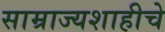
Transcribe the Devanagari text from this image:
साम्राज्यशाहीचे